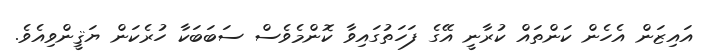
އައިޒަން އެހެން ކަންތައް ކުރާނީ އޭގެ ފަހަތުގައިވާ ކޮންމެވެސް ސަބަބަކާ ހުރެކަން ޔަޤީންވިއެވެ.